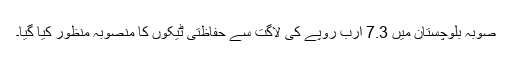
صوبہ بلوچستان میں 7.3 ارب روپے کی لاگت سے حفاظتی ٹیکوں کا منصوبہ منظور کیا گیا۔